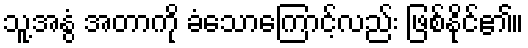
သူ့အနွံ အတာကို ခံသောကြောင့်လည်း ဖြစ်နိုင်၏။